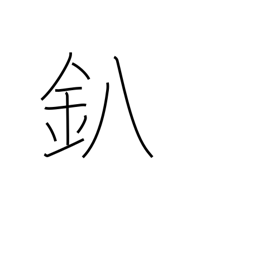
Meaning: forge